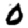
Digit: 0